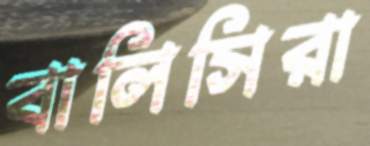
বালিসিরা